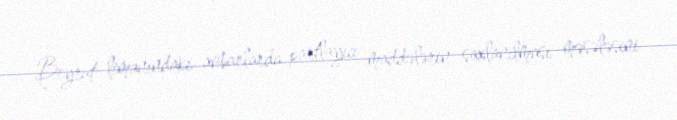
Beyrut limanındakı anbarlarda partlayıcı maddələrin saxlanılması məsələsini